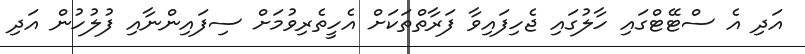
އަދި އެ ސްޓޭޓްގައި ހާލުގައި ޖެހިފައިވާ ފަރާތްތަކަށް އެހީތެރިވުމަށް ސިފައިންނާއި ފުލުހުން އަދި